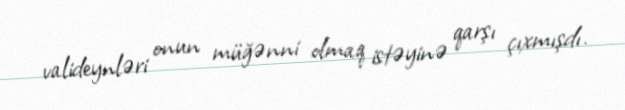
valideynləri onun müğənni olmaq istəyinə qarşı çıxmışdı.